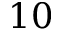
1 0